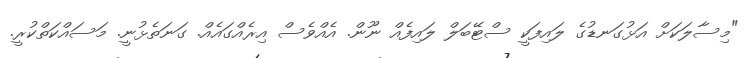
"މިސާލަކަށް އަޅުގަނޑުގެ ލައިފަކީ ސްޓޭބަލް ލައިފެއް ނޫން. އެއްވެސް އިރެއްގައެއް. ގަނަތެޅުނީ. މަސައްކަތްކުރީ.